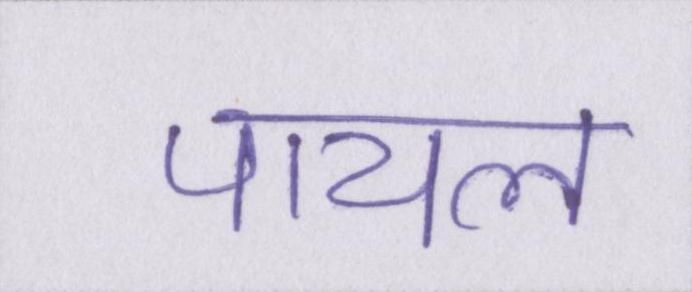
पायल